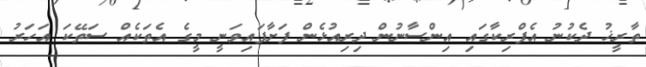
ތާރީޚު ދެކުނު އެފްރިކާގައި އިންސާނުން ދިރިއުޅެން ފަށާފައިވަނީ މީގެ އެތަކެއް ސަތޭކަ އަހަރު